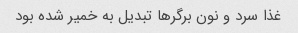
غذا سرد و نون برگرها تبدیل به خمیر شده بود